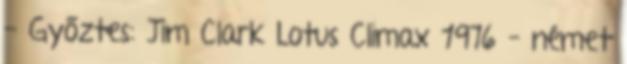
- Győztes: Jim Clark Lotus Climax 1976 – német